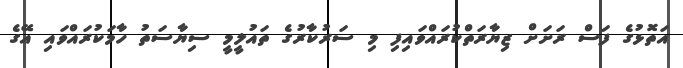
އަތޮޅުގެ ފަސް ރަށަށް ޒިޔާރަތްކުރައްވައިފި މި ސަރުކާރުގެ ތައުލީމީ ސިޔާސަތު ހާމަކުރައްވައި އޭގެ